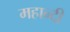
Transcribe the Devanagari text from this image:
महान्दी